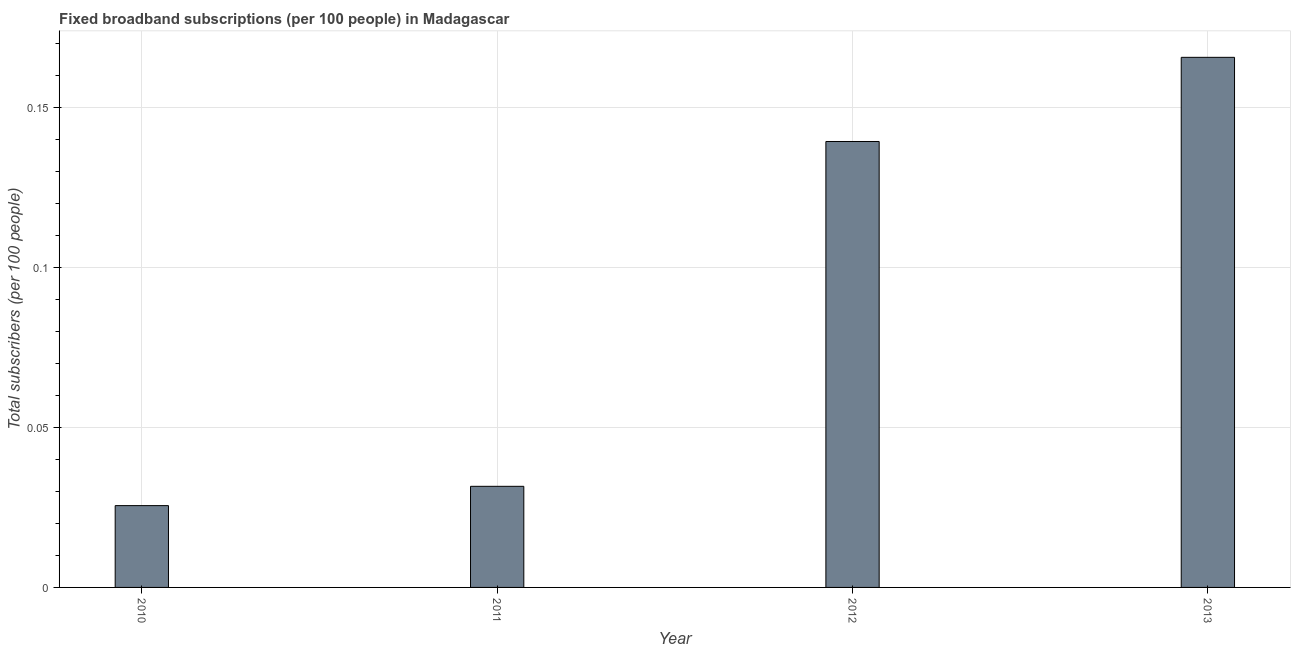
| Year | Fixed broadband subscriptions (per 100 people) |
 | --- | --- |
 | 2010 | 0.0256 |
 | 2011 | 0.0316 |
 | 2012 | 0.139 |
 | 2013 | 0.166 |